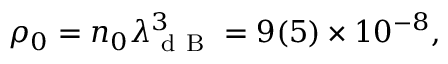
\rho _ { 0 } = n _ { 0 } \lambda _ { \mathrm { ~ d ~ B ~ } } ^ { 3 } = 9 ( 5 ) \times 1 0 ^ { - 8 } ,